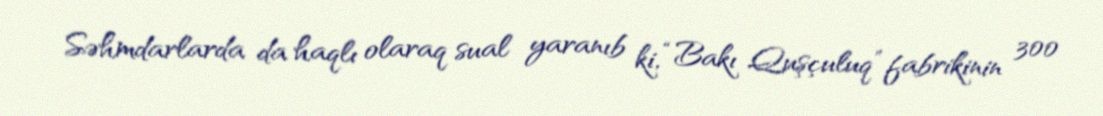
Səhmdarlarda da haqlı olaraq sual yaranıb ki, “Bakı Quşçuluq” fabrikinin 300